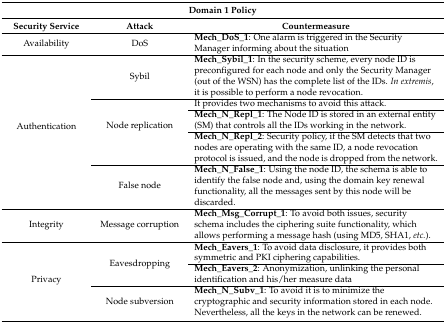
<table><thead><tr><td colspan="3"><b>Domain 1 Policy</b></td></tr><tr><td><b>Security Service</b></td><td><b>Attack</b></td><td><b>Countermeasure</b></td></tr></thead><tbody><tr><td>Availability</td><td>DoS</td><td><b>Mech_DoS_1</b>: One alarm is triggered in the Security Manager informing about the situation</td></tr><tr><td rowspan="5">Authentication</td><td>Sybil</td><td><b>Mech_Sybil_1</b>: In the security scheme, every node ID is preconfigured for each node and only the Security Manager (out of the WSN) has the complete list of the IDs. <i>In extremis</i>, it is possible to perform a node revocation.</td></tr><tr><td rowspan="3">Node replication</td><td>It provides two mechanisms to avoid this attack.</td></tr><tr><td><b>Mech_N_Repl_1</b>: The Node ID is stored in an external entity (SM) that controls all the IDs working in the network.</td></tr><tr><td><b>Mech_N_Repl_2</b>: Security policy, if the SM detects that two nodes are operating with the same ID, a node revocation protocol is issued, and the node is dropped from the network.</td></tr><tr><td>False node</td><td><b>Mech_N_False_1</b>: Using the node ID, the schema is able to identify the false node and, using the domain key renewal functionality, all the messages sent by this node will be discarded.</td></tr><tr><td>Integrity</td><td>Message corruption</td><td><b>Mech_Msg_Corrupt_1</b>: To avoid both issues, security schema includes the ciphering suite functionality, which allows performing a message hash (using MD5, SHA1, <i>etc.</i>).</td></tr><tr><td rowspan="3">Privacy</td><td rowspan="2">Eavesdropping</td><td><b>Mech_Eavers_1</b>: To avoid data disclosure, it provides both symmetric and PKI ciphering capabilities.</td></tr><tr><td><b>Mech_Eavers_2</b>: Anonymization, unlinking the personal identification and his/her measure data</td></tr><tr><td>Node subversion</td><td><b>Mech_N_Subv_1</b>: To avoid it is to minimize the cryptographic and security information stored in each node. Nevertheless, all the keys in the network can be renewed.</td></tr></tbody></table>